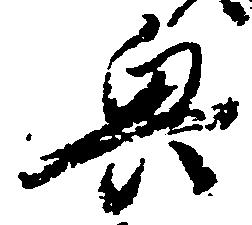
奥